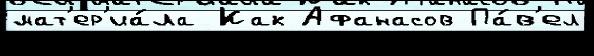
мат'ер'иа́ла Как Афанасов Па́в'ел